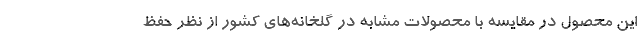
این محصول در مقایسه با محصولات مشابه در گلخانه‌های کشور از نظر حفظ